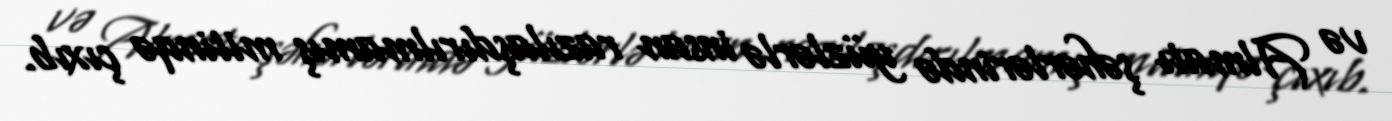
və Almatı şəhərlərində yüzlərlə insan razılaşdırılmamış mitinqə çıxıb.